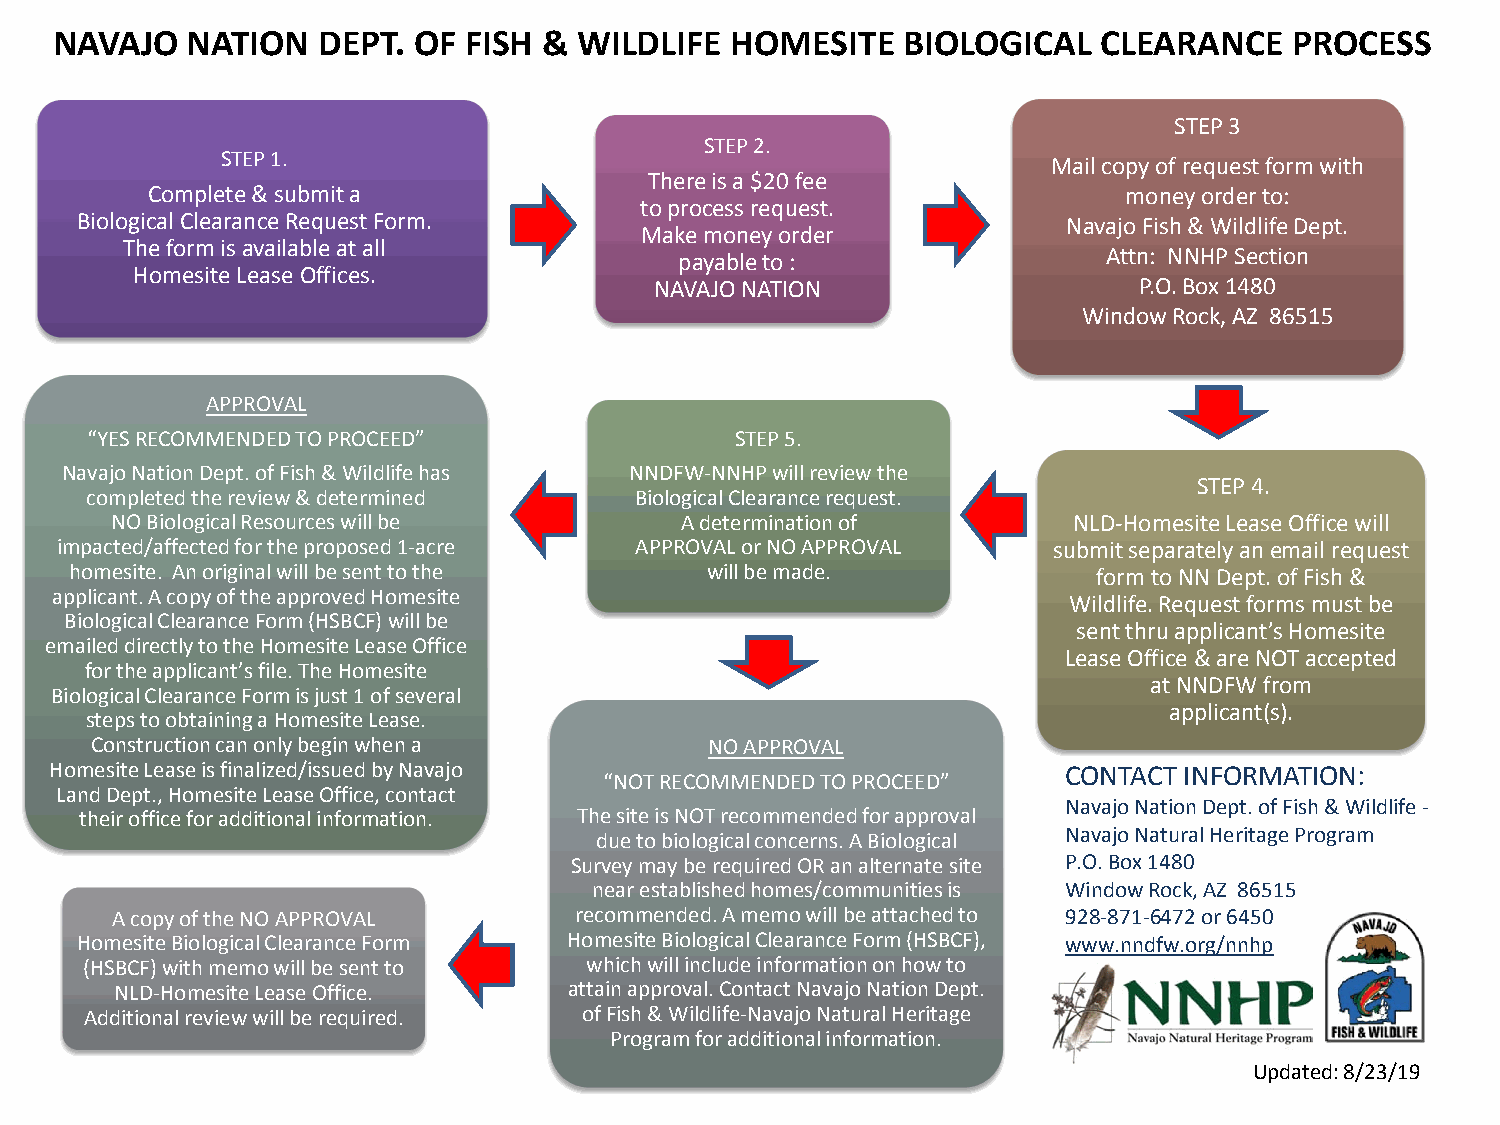
NAVAJO   NATION   DEPT. OF  FISH & WILDLIFE  HOMESITE    BIOLOGICAL   CLEARANCE    PROCESS
 STEP 3
 STEP 2.
 STEP 1.
 Mail copy of request form with
 There is a $20 fee
 Complete & submit a                                              money order to:
 to process request.
 Biological Clearance Request Form.                                Navajo Fish & Wildlife Dept.
 Make money order
 The form is available at all
 payable to :                Attn: NNHP Section
 Homesite Lease Offices.
 NAVAJO NATION                   P.O. Box 1480
 Window Rock, AZ 86515
 APPROVAL
 “YES RECOMMENDED TO PROCEED”               STEP 5.
 Navajo Nation Dept. of Fish & Wildlife has NNDFW-NNHP will review the
 STEP 4.
 completed the review & determined   Biological Clearance request.
 NO Biological Resources will be       A determination of        NLD-Homesite Lease Office will
 impacted/affected for the proposed 1-acre APPROVAL or NO APPROVAL submit separately an email request
 homesite. An original will be sent to the will be made.             form to NN Dept. of Fish &
 applicant. A copy of the approved Homesite
 Wildlife. Request forms must be
 Biological Clearance Form (HSBCF) will be
 sent thru applicant’s Homesite
 emailed directly to the Homesite Lease Office
 Lease Office & are NOT accepted
 for the applicant’s file. The Homesite
 at NNDFW from
 Biological Clearance Form is just 1 of several
 applicant(s).
 steps to obtaining a Homesite Lease.
 Construction can only begin when a       NO APPROVAL
 Homesite Lease is finalized/issued by Navajo                        CONTACT INFORMATION:
 “NOT RECOMMENDED TO PROCEED”
 Land Dept., Homesite Lease Office, contact
 Navajo Nation Dept. of Fish & Wildlife -
 their office for additional information. The site is NOT recommended for approval
 Navajo Natural Heritage Program
 due to biological concerns. A Biological
 Survey may be required OR an alternate site P.O. Box 1480
 near established homes/communities is Window Rock, AZ 86515
 A copy of the NO APPROVAL      recommended. A memo will be attached to 928-871-6472 or 6450
 Homesite Biological Clearance Form Homesite Biological Clearance Form (HSBCF), www.nndfw.org/nnhp
 (HSBCF) with memo will be sent to which will include information on how to
 NLD-Homesite Lease Office.    attain approval. Contact Navajo Nation Dept.
 Additional review will be required. of Fish & Wildlife-Navajo Natural Heritage
 Program for additional information.
 Updated: 8/23/19